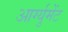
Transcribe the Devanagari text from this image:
आर्ग्युमेंट